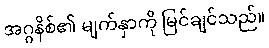
အဂ္ဂနိစ်၏ မျက်နှာကို မြင်ချင်သည်။